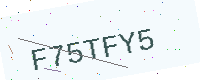
Text: F75TFY5